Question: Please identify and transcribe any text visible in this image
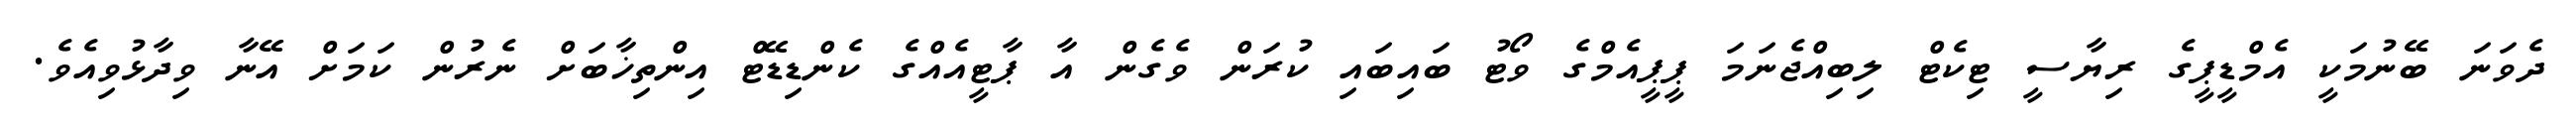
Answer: ދެވަނަ ބޭނުމަކީ އެމްޑީޕީގެ ރިޔާސީ ޓިކެޓް ލިބިއްޖެނަމަ ޕީޕީއެމްގެ ވޯޓު ބައިބައި ކުރަން ވެގެން އާ ޕާޓީއެއްގެ ކެންޑިޑޭޓް އިންތިޚާބަށް ނެރުން ކަމަށް އޭނާ ވިދާޅުވިއެވެ.